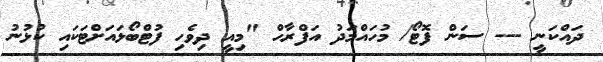
ދައްކަނީ --- ސަން ފޮޓޯ/ މުހައްމަދު އަފްރާހް "މިއީ ދިވެހި ފުޓްބޯޅައަށްޓަކައި ކުޅުނު